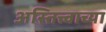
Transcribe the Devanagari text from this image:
अस्तित्त्वाच्या